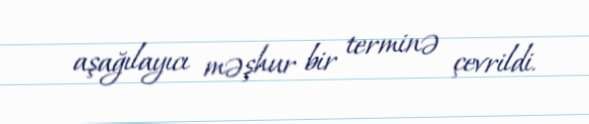
aşağılayıcı məşhur bir terminə çevrildi.